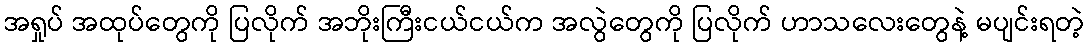
အရှုပ် အထုပ်တွေကို ပြလိုက် အဘိုးကြီးငယ်ငယ်က အလွဲတွေကို ပြလိုက် ဟာသလေးတွေနဲ့ မပျင်းရတဲ့